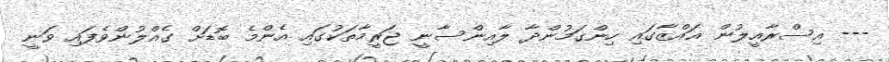
--- އިސްރާއީލުން ޣައްޒާގައި ހިންގަމުންދާ ލާއިންސާނީ ޖަރީމާތަކުގައި އެންމެ ބޮޑަށް ގެއްލުންވެފައި ވަނީ